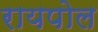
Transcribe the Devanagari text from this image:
रायपोल